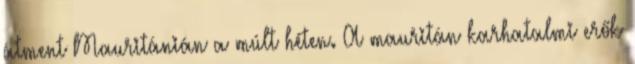
átment Mauritánián a múlt héten. A mauritán karhatalmi erők